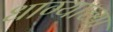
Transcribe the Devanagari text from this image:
धाग्याच्या